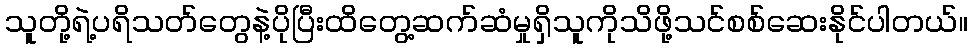
သူတို့ရဲ့ပရိသတ်တွေနဲ့ပိုပြီးထိတွေ့ဆက်ဆံမှုရှိသူကိုသိဖို့သင်စစ်ဆေးနိုင်ပါတယ်။